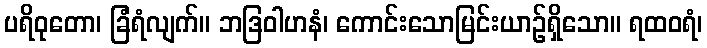
ပရိဝုတော၊ ခြံရံလျက်။ ဘဒြဝါဟနံ၊ ကောင်းသောမြင်းယာဉ်ရှိသော။ ရထဝရံ၊